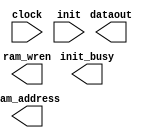
// megafunction wizard: %RAM initializer%VBB%
// GENERATION: STANDARD
// VERSION: WM1.0
// MODULE: ALTMEM_INIT 

// ============================================================
// Megafunction Name(s):
// 			ALTMEM_INIT
//
// Simulation Library Files(s):
// 			lpm
// ============================================================
// ************************************************************
// THIS IS A WIZARD-GENERATED FILE. DO NOT EDIT THIS FILE!
//
// 13.0.1 Build 232 06/12/2013 SP 1 SJ Web Edition
// ************************************************************

//Copyright (C) 1991-2013 Altera Corporation
//Your use of Altera Corporation's design tools, logic functions 
//and other software and tools, and its AMPP partner logic 
//functions, and any output files from any of the foregoing 
//(including device programming or simulation files), and any 
//associated documentation or information are expressly subject 
//to the terms and conditions of the Altera Program License 
//Subscription Agreement, Altera MegaCore Function License 
//Agreement, or other applicable license agreement, including, 
//without limitation, that your use is for the sole purpose of 
//programming logic devices manufactured by Altera and sold by 
//Altera or its authorized distributors.  Please refer to the 
//applicable agreement for further details.

module ram_initializer2 (
	clock,
	init,
	dataout,
	init_busy,
	ram_address,
	ram_wren)/* synthesis synthesis_clearbox = 1 */;

	input	  clock;
	input	  init;
	output	[31:0]  dataout;
	output	  init_busy;
	output	[13:0]  ram_address;
	output	  ram_wren;

endmodule

// ============================================================
// CNX file retrieval info
// ============================================================
// Retrieval info: LIBRARY: altera_mf altera_mf.altera_mf_components.all
// Retrieval info: PRIVATE: INTENDED_DEVICE_FAMILY STRING "Cyclone IV E"
// Retrieval info: CONSTANT: INIT_FILE STRING "inst2.mif"
// Retrieval info: CONSTANT: INIT_TO_ZERO STRING "NO"
// Retrieval info: CONSTANT: INTENDED_DEVICE_FAMILY STRING "Cyclone IV E"
// Retrieval info: CONSTANT: LPM_HINT STRING "UNUSED"
// Retrieval info: CONSTANT: LPM_TYPE STRING "altmem_init"
// Retrieval info: CONSTANT: NUMWORDS NUMERIC "16384"
// Retrieval info: CONSTANT: PORT_ROM_DATA_READY STRING "PORT_UNUSED"
// Retrieval info: CONSTANT: ROM_READ_LATENCY NUMERIC "1"
// Retrieval info: CONSTANT: WIDTH NUMERIC "32"
// Retrieval info: CONSTANT: WIDTHAD NUMERIC "14"
// Retrieval info: USED_PORT: clock 0 0 0 0 INPUT NODEFVAL "clock"
// Retrieval info: CONNECT: @clock 0 0 0 0 clock 0 0 0 0
// Retrieval info: USED_PORT: dataout 0 0 32 0 OUTPUT NODEFVAL "dataout[31..0]"
// Retrieval info: CONNECT: dataout 0 0 32 0 @dataout 0 0 32 0
// Retrieval info: USED_PORT: init 0 0 0 0 INPUT NODEFVAL "init"
// Retrieval info: CONNECT: @init 0 0 0 0 init 0 0 0 0
// Retrieval info: USED_PORT: init_busy 0 0 0 0 OUTPUT NODEFVAL "init_busy"
// Retrieval info: CONNECT: init_busy 0 0 0 0 @init_busy 0 0 0 0
// Retrieval info: USED_PORT: ram_address 0 0 14 0 OUTPUT NODEFVAL "ram_address[13..0]"
// Retrieval info: CONNECT: ram_address 0 0 14 0 @ram_address 0 0 14 0
// Retrieval info: USED_PORT: ram_wren 0 0 0 0 OUTPUT NODEFVAL "ram_wren"
// Retrieval info: CONNECT: ram_wren 0 0 0 0 @ram_wren 0 0 0 0
// Retrieval info: GEN_FILE: TYPE_NORMAL ram_initializer2.v TRUE FALSE
// Retrieval info: GEN_FILE: TYPE_NORMAL ram_initializer2.qip TRUE FALSE
// Retrieval info: GEN_FILE: TYPE_NORMAL ram_initializer2.bsf TRUE TRUE
// Retrieval info: GEN_FILE: TYPE_NORMAL ram_initializer2_inst.v TRUE TRUE
// Retrieval info: GEN_FILE: TYPE_NORMAL ram_initializer2_bb.v TRUE TRUE
// Retrieval info: GEN_FILE: TYPE_NORMAL ram_initializer2.inc TRUE TRUE
// Retrieval info: GEN_FILE: TYPE_NORMAL ram_initializer2.cmp TRUE TRUE
// Retrieval info: LIB_FILE: lpm